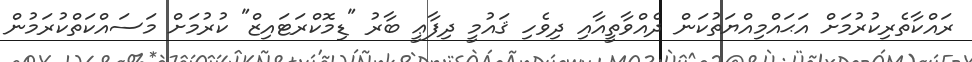
ރައްކާތެރިކުރުމަށް އަޙައްމިއްޔަތުކަން ދެއްވާތީއާއި ދިވެހި ޤައުމީ ދިފާޢީ ބާރު "ޑިމޮކްރަޓައިޒް" ކުރުމަށް މަސައްކަތްކުރަމުން